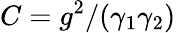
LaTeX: C=g^{2}/(\gamma_{1}\gamma_{2})